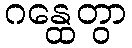
ဂန္ထေတွာ